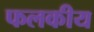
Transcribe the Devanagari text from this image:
फलकीय